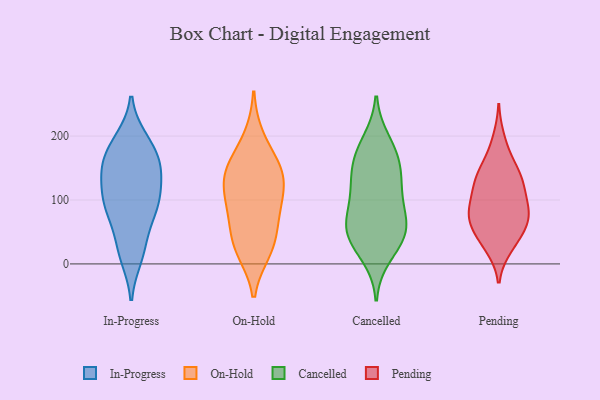
{"axis": {"x": "Active Users", "y": "Value"}, "legend": ["Cancelled", "In-Progress", "On-Hold", "Pending"], "data": [{"x": "", "y": 80, "type": "In-Progress"}, {"x": "", "y": 150, "type": "In-Progress"}, {"x": "", "y": 88, "type": "In-Progress"}, {"x": "", "y": 98, "type": "In-Progress"}, {"x": "", "y": 148, "type": "In-Progress"}, {"x": "", "y": 11, "type": "In-Progress"}, {"x": "", "y": 182, "type": "In-Progress"}, {"x": "", "y": 194, "type": "In-Progress"}, {"x": "", "y": 112, "type": "In-Progress"}, {"x": "", "y": 33, "type": "In-Progress"}, {"x": "", "y": 152, "type": "In-Progress"}, {"x": "", "y": 21, "type": "On-Hold"}, {"x": "", "y": 143, "type": "On-Hold"}, {"x": "", "y": 148, "type": "On-Hold"}, {"x": "", "y": 87, "type": "On-Hold"}, {"x": "", "y": 101, "type": "On-Hold"}, {"x": "", "y": 106, "type": "On-Hold"}, {"x": "", "y": 65, "type": "On-Hold"}, {"x": "", "y": 197, "type": "On-Hold"}, {"x": "", "y": 26, "type": "On-Hold"}, {"x": "", "y": 35, "type": "On-Hold"}, {"x": "", "y": 146, "type": "On-Hold"}, {"x": "", "y": 143, "type": "On-Hold"}, {"x": "", "y": 83, "type": "Cancelled"}, {"x": "", "y": 161, "type": "Cancelled"}, {"x": "", "y": 37, "type": "Cancelled"}, {"x": "", "y": 178, "type": "Cancelled"}, {"x": "", "y": 119, "type": "Cancelled"}, {"x": "", "y": 192, "type": "Cancelled"}, {"x": "", "y": 126, "type": "Cancelled"}, {"x": "", "y": 54, "type": "Cancelled"}, {"x": "", "y": 43, "type": "Cancelled"}, {"x": "", "y": 83, "type": "Cancelled"}, {"x": "", "y": 128, "type": "Cancelled"}, {"x": "", "y": 159, "type": "Cancelled"}, {"x": "", "y": 53, "type": "Cancelled"}, {"x": "", "y": 13, "type": "Cancelled"}, {"x": "", "y": 55, "type": "Cancelled"}, {"x": "", "y": 143, "type": "Pending"}, {"x": "", "y": 40, "type": "Pending"}, {"x": "", "y": 58, "type": "Pending"}, {"x": "", "y": 26, "type": "Pending"}, {"x": "", "y": 58, "type": "Pending"}, {"x": "", "y": 76, "type": "Pending"}, {"x": "", "y": 88, "type": "Pending"}, {"x": "", "y": 115, "type": "Pending"}, {"x": "", "y": 131, "type": "Pending"}, {"x": "", "y": 30, "type": "Pending"}, {"x": "", "y": 92, "type": "Pending"}, {"x": "", "y": 121, "type": "Pending"}, {"x": "", "y": 167, "type": "Pending"}, {"x": "", "y": 72, "type": "Pending"}, {"x": "", "y": 144, "type": "Pending"}, {"x": "", "y": 195, "type": "Pending"}, {"x": "", "y": 80, "type": "Pending"}, {"x": "", "y": 127, "type": "Pending"}, {"x": "", "y": 75, "type": "Pending"}]}